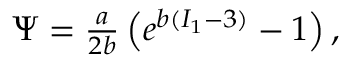
\begin{array} { r } { \Psi = \frac { a } { 2 b } \left( e ^ { b ( I _ { 1 } - 3 ) } - 1 \right) , } \end{array}